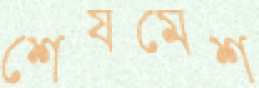
শেষমেশ